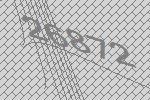
26872